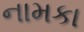
નામકા